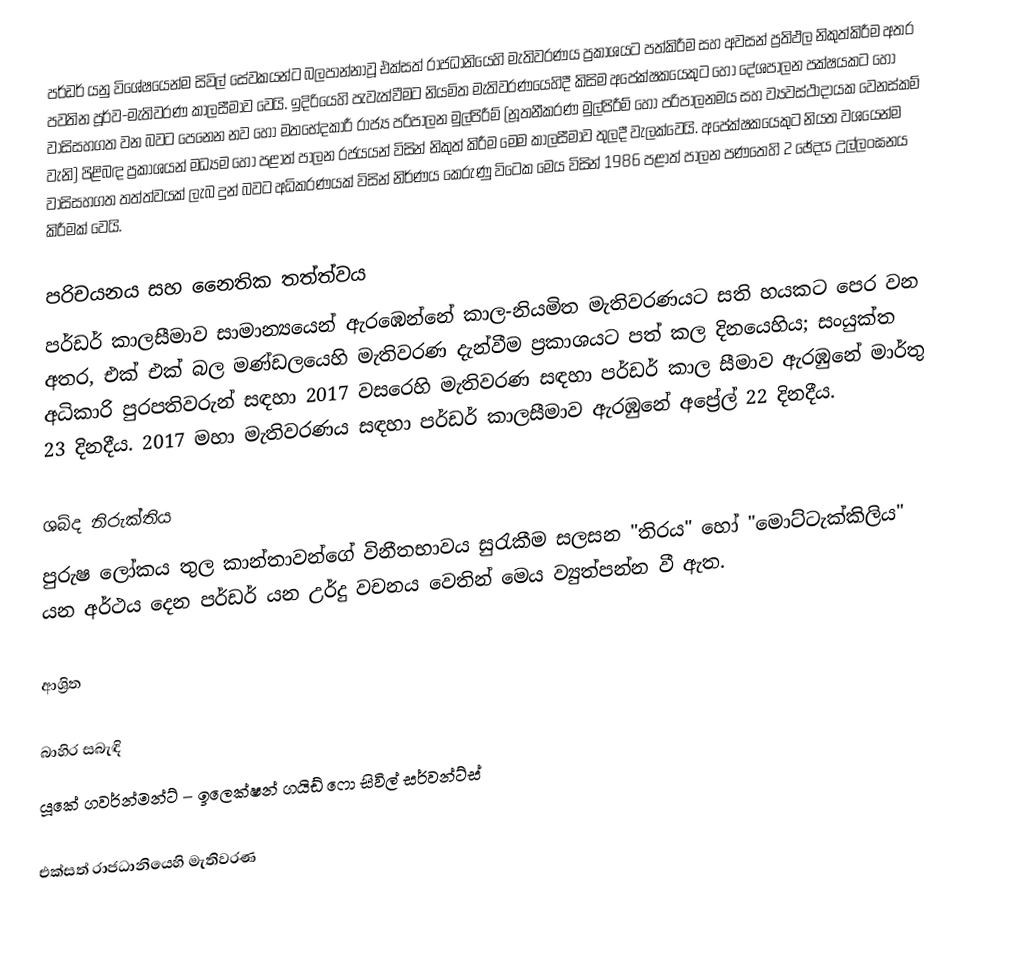
පර්ඩර් යනු   විශේෂයෙන්ම සිවිල් සේවකයන්ට බලපාන්නාවූ එක්සත් රාජධානියෙහි මැතිවරණය ප්‍රකාශයට පත්කිරීම සහ අවසන් ප්‍රතිඵල නිකුත්කිරීම අතර පවතින පූර්ව-මැතිවරණ කාලසීමාව වෙයි.   ඉදිරියෙහි පැවැත්වීමට නියමිත මැතිවරණයෙහිදී කිසිම අපේක්ෂකයෙකුට හෝ දේශපාලන පක්ෂයකට හෝ වාසිසහගත වන බවට පෙනෙන  නව හෝ මතභේදකාරී රාජ්‍ය පරිපාලන මුල්පිරීම් (නූතනීකරණ මුල්පිරීම් හෝ පරිපාලනමය සහ  ව්‍යවස්ථාදායක වෙනස්කම් වැනි) පිළිබඳ ප්‍රකාශයන් මධ්‍යම හෝ පළාත් පාලන රජයයන් විසින් නිකුත් කිරීම  මෙම කාලසීමාව තුලදී වැලක්වෙයි.  අපේක්ෂකයෙකුට නියත වශයෙන්ම වාසිසහගත තත්ත්වයක් ලැබ දුන් බවට අධිකරණයක් විසින් නිර්ණය කෙරුණු විටෙක මෙය විසින් 1986 පළාත් පාලන පණතෙහි 2 ඡේදය උල්ලංඝනය කිරීමක් වෙයි.

පරිචයනය සහ  නෛතික තත්ත්වය
පර්ඩර් කාලසීමාව සාමාන්‍යයෙන් ඇරඹෙන්නේ කාල-නියමිත මැතිවරණයට සති හයකට පෙර වන අතර, එක් එක්  බල මණ්ඩලයෙහි මැතිවරණ දැන්වීම ප්‍රකාශයට පත් කල දිනයෙහිය; සංයුක්ත අධිකාරි පුරපතිවරුන් සඳහා 2017 වසරෙහි මැතිවරණ සඳහා පර්ඩර් කාල සීමාව ඇරඹුනේ මාර්තු 23 දිනදීය. 2017 මහා මැතිවරණය සඳහා පර්ඩර් කාලසීමාව ඇරඹුනේ අප්‍රේල් 22 දිනදීය.

ශබ්ද නිරුක්තිය
පුරුෂ ලෝකය තුල කාන්තාවන්ගේ විනීතභාවය සුරැකීම සලසන "තිරය" හෝ "මොට්ටැක්කිලිය" යන අර්ථය දෙන පර්ඩර් යන උර්දු වචනය වෙතින් මෙය ව්‍යුත්පන්න වී ඇත.

ආශ්‍රිත

බාහිර සබැඳි
 යූකේ ගවර්න්මන්ට් – ඉලෙක්ෂන් ගයිඩ් ෆො සිවිල් සර්වන්ට්ස්

එක්සත් රාජධානියෙහි මැතිවරණ